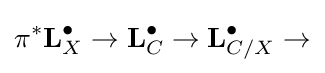
\pi ^{*}\mathbf {L} _{X}^{\bullet }\to \mathbf {L} _{C}^{\bullet }\to \mathbf {L} _{C/X}^{\bullet }\to